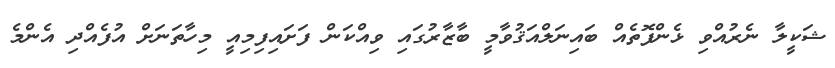
ޝަކީލާ ނެރުއްވި ޅެންފޮތެއް ބައިނަލްއަޤުވާމީ ބާޒާރުގައި ވިއްކަން ފަށައިފިމިއީ މިހާތަނަށް އުފެއްދި އެންމެ